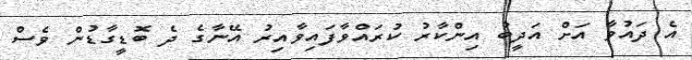
އެ ދައުވާ އަށް އަދީބު އިންކާރު ކުރައްވާފައިވާއިރު އޭނާގެ ދެ ބޮޑީގާޑުން ވެސް